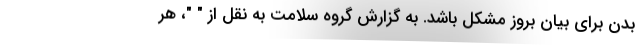
بدن برای بیان بروز مشکل باشد. به گزارش گروه سلامت به نقل از " "، هر